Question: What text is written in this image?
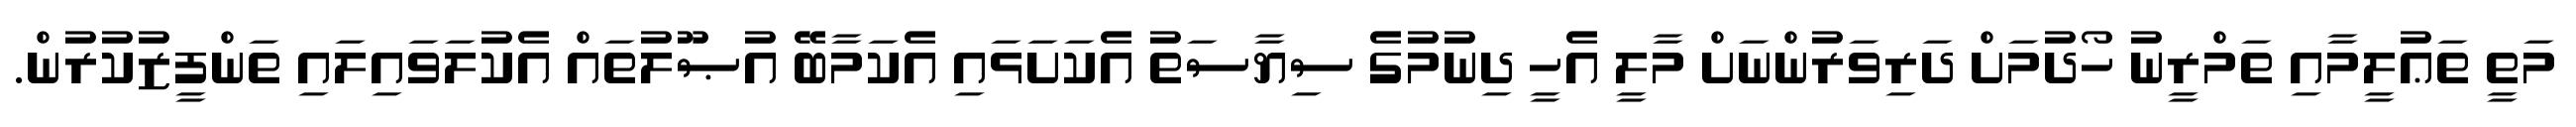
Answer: މަތީ ތަޢުލީމާއި ތަމްރީނު ހޯދުމަށް ދަރިވަރުންނަށް މާލީ އެހީ ދިނުމުގެ ސިޔާސަތު އެކަށަޅައި އެކަމާބޭ އުޞޫލުތައް އެކުލަވައިލައި ތަންފީޒުކުރުން.